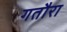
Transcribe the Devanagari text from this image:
गतौरा